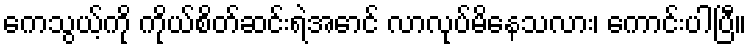
ကေသွယ့်ကို ကိုယ်စိတ်ဆင်းရဲအောင် လာလုပ်မိနေသလား၊ ကောင်းပါပြီ။